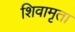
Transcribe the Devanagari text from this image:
शिवामृता